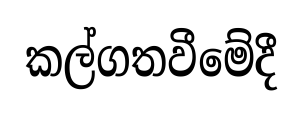
කල්ගතවීමේදී